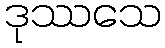
ဒုဿသေ